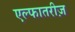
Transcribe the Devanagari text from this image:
एल्फातरीज़